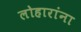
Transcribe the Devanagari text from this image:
लोहारांना